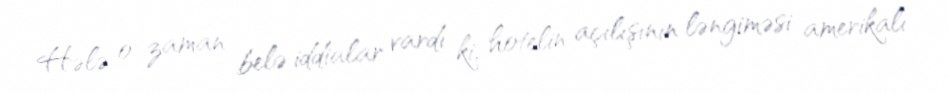
Hələ o zaman belə iddialar vardı ki, hotelin açılışının ləngiməsi amerikalı